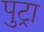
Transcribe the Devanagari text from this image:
पुट्रा